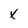
Character: x